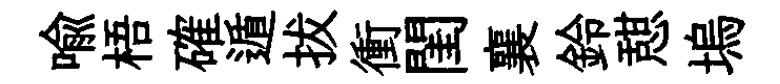
喩梧確遁拔衝閨襄鈴憇塢